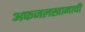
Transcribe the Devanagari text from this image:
अफजलखानाची